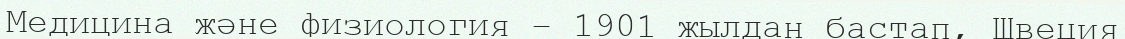
Медицина және физиология – 1901 жылдан бастап, Швеция